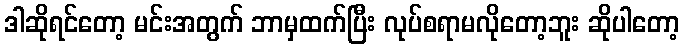
ဒါဆိုရင်တော့ မင်းအတွက် ဘာမှထက်ပြီး လုပ်စရာမလိုတော့ဘူး ဆိုပါတော့